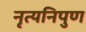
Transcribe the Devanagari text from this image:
नृत्यनिपुण